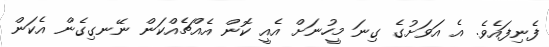
ފެނިފައެވެ. އެ އަވަށުގެ ގިނަ މީހުނަށް އެއީ ކޮން އެއްޗެއްކަން ނޭނގިގެން އެކަން